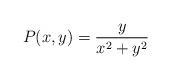
LaTeX: \begin{align*}P(x,y) = \frac{y}{x^2 + y^2}\end{align*}